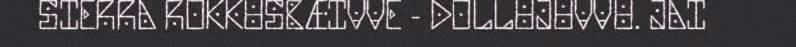
SIERRA ROKKUSBÆIVVE - DOLLUJUVVU. JAI